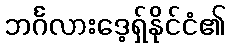
ဘင်္ဂလားဒေ့ရှ်နိုင်ငံ၏